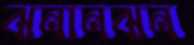
ঝনানঝন